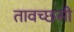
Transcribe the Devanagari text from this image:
तावच्छसी